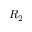
R _ { 2 }